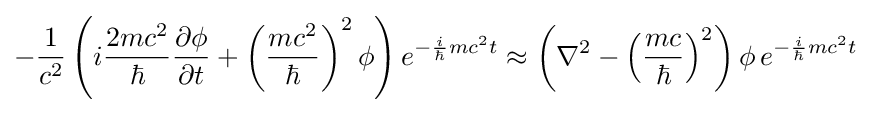
-{\frac {1}{c^{2}}}\left(i{\frac {2mc^{2}}{\hbar }}{\frac {\partial \phi }{\partial t}}+\left({\frac {mc^{2}}{\hbar }}\right)^{2}\phi \right)e^{-{\frac {i}{\hbar }}mc^{2}t}\approx \left(\nabla ^{2}-\left({\frac {mc}{\hbar }}\right)^{2}\right)\phi \,e^{-{\frac {i}{\hbar }}mc^{2}t}